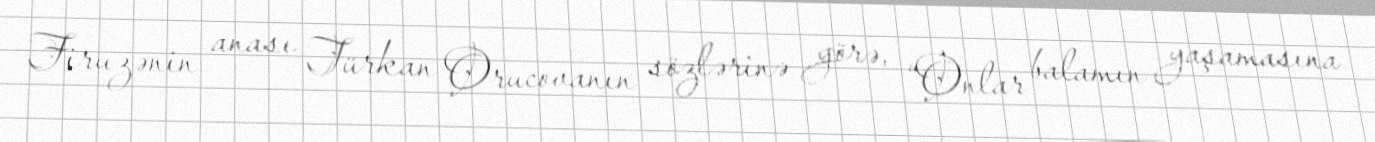
Firuzənin anası Türkan Orucovanın sözlərinə görə, “Onlar balamın yaşamasına